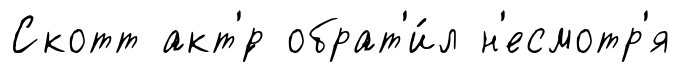
Скотт акт'́р обрат'и́л н'есмотр'я